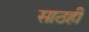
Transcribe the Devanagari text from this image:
साठही